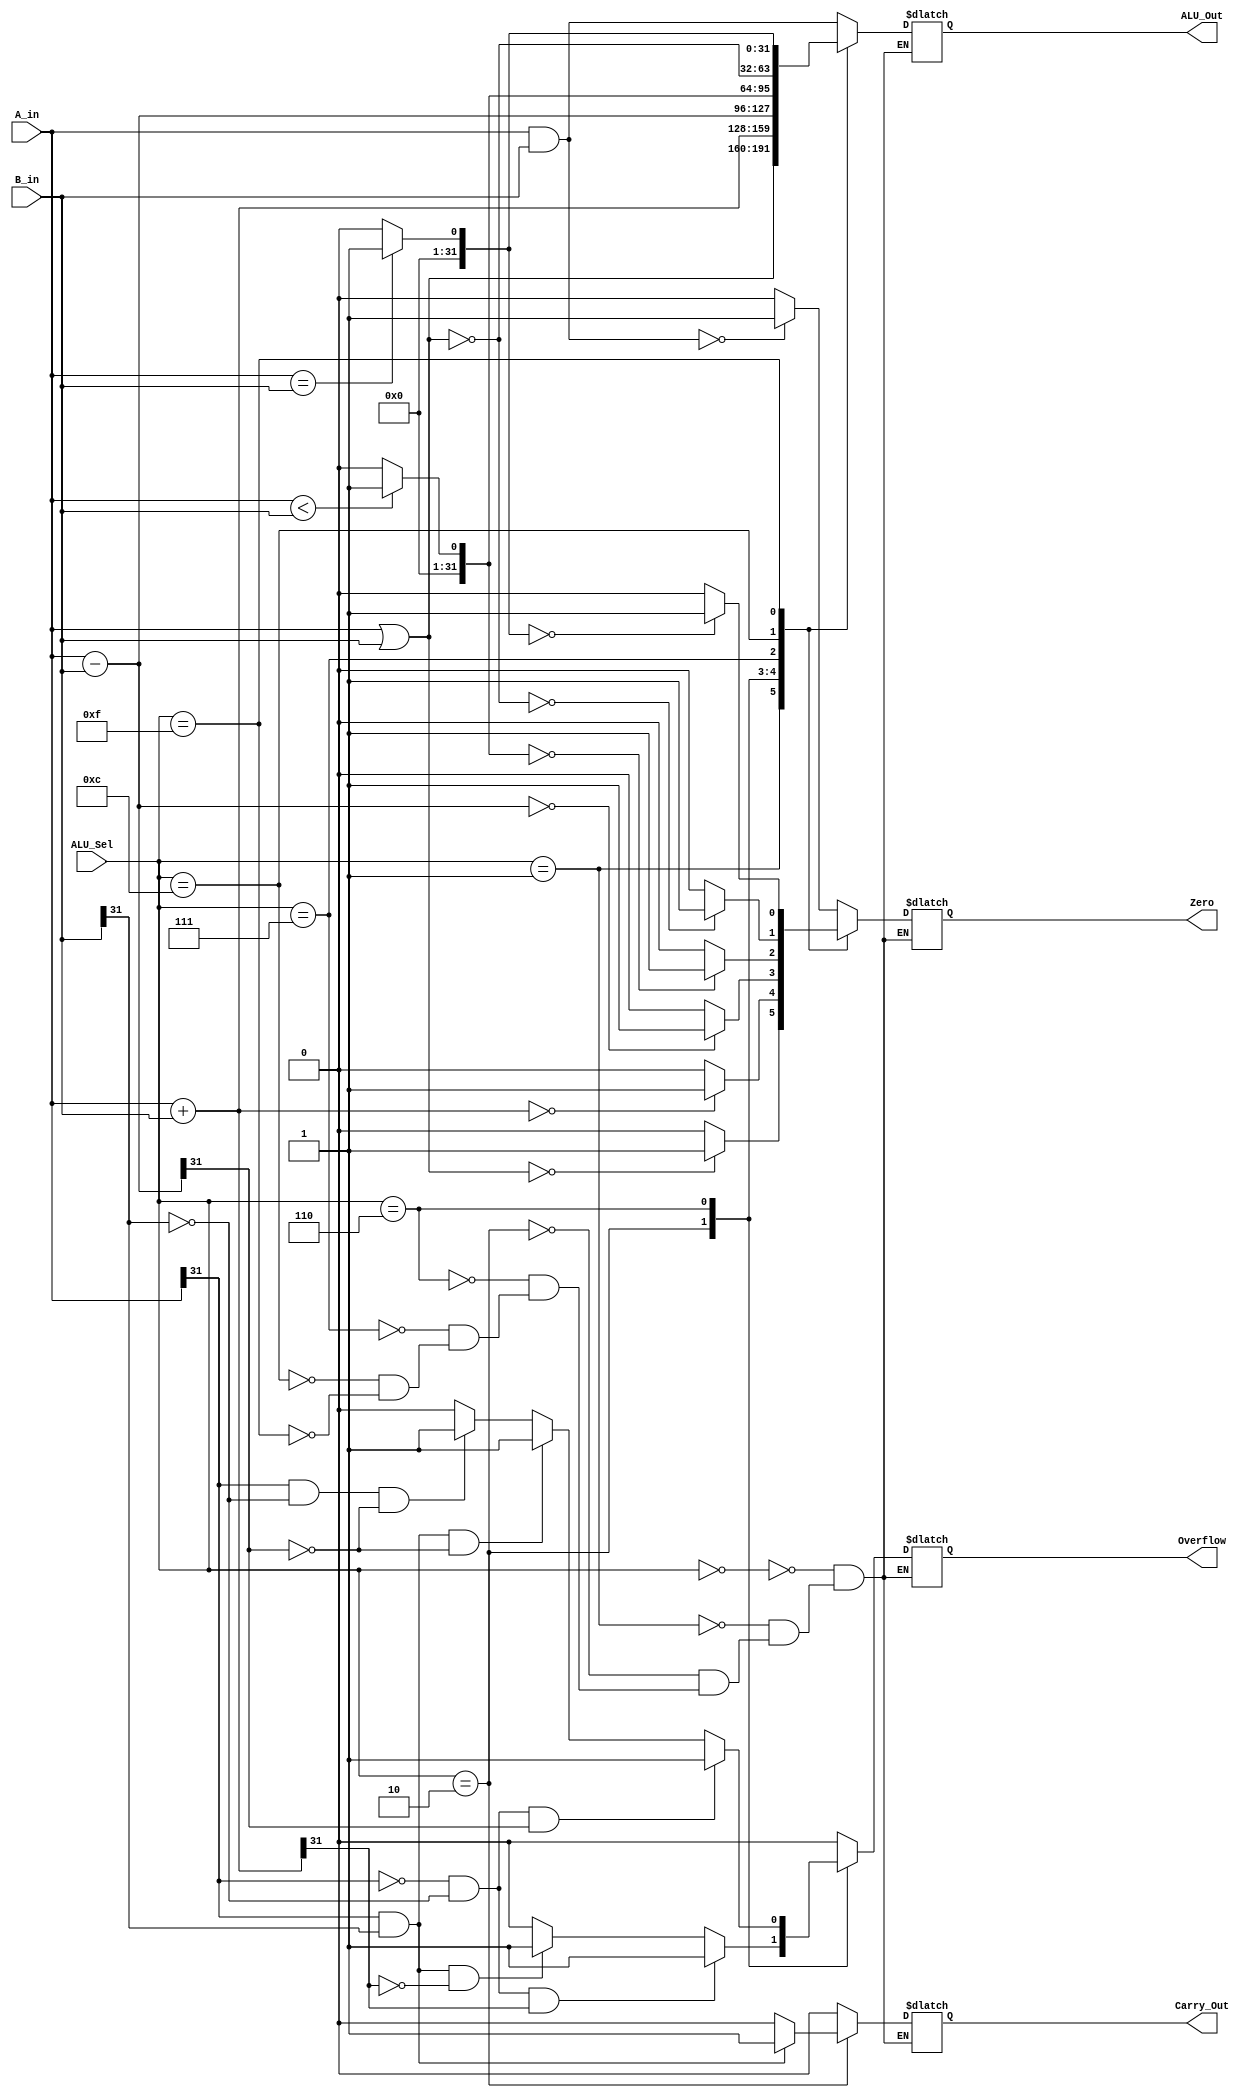
`timescale 1ns / 1ps
//////////////////////////////////////////////////////////////////////////////////
// Justin Calma
// CECS 341 - 01
//
// Design Name: 
// Module Name: alu_32
// Project Name: Lab 1 - Arithmetic Logic Unit
// Target Devices: 
// Tool Versions: 
// Description: 
// 
// Dependencies: 
// 
// Revision:
// Revision 0.01 - File Created
// Additional Comments:
// 
//////////////////////////////////////////////////////////////////////////////////

// Module Definition and I/O Ports
module alu_32(A_in, B_in, ALU_Sel, ALU_Out, Carry_Out, Zero, Overflow);
    
    input   [31:0]  A_in; // 32 - bit input A
    input   [31:0]  B_in; // 32 - bit input B
    input   [3:0]   ALU_Sel; // 4 - bit Control Line
    output  [31:0]  ALU_Out; // 32 - bit result output
    output  [0:0]   Carry_Out; // 1 - bit carry out result
    output  [0:0]   Zero; // 1 - bit zero output
    output  [0:0]   Overflow; // 1 - bit overflow output
    
    // Define ALU_Output Register
    reg [31:0] Result;
    assign ALU_Out = Result;
    
    // Define Carry_Out, Zero, and Overflow output Registers
    reg [0:0] CarryOutResult, ZeroResult, OverflowResult;
    assign Carry_Out = CarryOutResult;
    assign Zero = ZeroResult;
    assign Overflow = OverflowResult;
    
    // Create a temp Register for Carry_Out and Overflow
    reg [31:0] temp;
    
    // Describe ALU Behavior
    always @ (A_in, B_in, ALU_Sel)
        begin
            case(ALU_Sel)

 //-------------------------------------------AND Operation-------------------------------------------// 
            
                // AND Operation
                4'b0000: begin 
                            
                            // Perform AND operation and store the result into Result Register
                            Result = A_in & B_in; 
                
                            // Check if Result is 0 and set Zero flag
                            if (Result == 32'b0000_0000_0000_0000_0000_0000_0000_0000) 
                                ZeroResult = 1'b1;
                            else
                                ZeroResult = 1'b0;
                            
                            // Set the Carry_Out and Overflow flags to 0
                            CarryOutResult = 1'b0;
                            OverflowResult = 1'b0;
                                                            
                         end
 
 //-------------------------------------------OR Operation-------------------------------------------//   
                         
                // OR Operation
                4'b0001: begin 
                
                            // Perform the OR operation and store the result into Result Register
                            Result = A_in | B_in; 
                
                            // Check if Result is 0 and set Zero flag
                            if (Result == 32'b0000_0000_0000_0000_0000_0000_0000_0000)
                                ZeroResult = 1'b1;
                            else
                                ZeroResult = 1'b0;
                         
                            // Set the Carry_Out and Overflow flags to 0
                            CarryOutResult = 1'b0;
                            OverflowResult = 1'b0;                         
                            
                         end                           
  
 //-------------------------------------------ADD Operation-------------------------------------------//     
                
                // ADD Operation
                4'b0010: begin 
                            
                            // Perform signed ADD and store the result into the Result Register
                            Result = $signed(A_in) + $signed(B_in); 
                
                            // Check if Result is 0 and set Zero flag
                            if (Result == 32'b0000_0000_0000_0000_0000_0000_0000_0000)
                                ZeroResult = 1'b1;
                            else
                                ZeroResult = 1'b0;
                            
                            // Perform unsigned ADD to determine carry out
                            temp = A_in + B_in;                            
                            
                            // Check if there is a Carry Out in the unsigned ADD operation
                            if (A_in[31] == 1 & B_in[31] == 1)
                                CarryOutResult = 1'b1;
                            else if (temp[32] == 1)
                                CarryOutResult = 1'b1;
                            else 
                                CarryOutResult = 1'b0;
                            
                            // Check if there is a Overflow in the signed ADD operation
                            if (A_in[31] == 0 & B_in[31] == 0 & Result[31] == 1)
                                OverflowResult = 1'b1;
                            else if (A_in[31] == 1 & B_in[31] == 1 & Result[31] == 0)
                                OverflowResult = 1'b1;
                            else 
                                OverflowResult = 1'b0;
                            
                         end                
                
 //-------------------------------------------SUB Operation-------------------------------------------// 
                 
                // SUB Operation
                4'b0110: begin 
                
                            // Peform signed SUB and store the result into the Result register
                            Result = $signed(A_in) - $signed(B_in); 
                
                            // Check if Result is 0 and set Zero flag
                            if (Result == 32'b0000_0000_0000_0000_0000_0000_0000_0000)
                                ZeroResult = 1'b1;
                            else
                                ZeroResult = 1'b0;
                            
                            // Set Carry Out flag to be 0
                            CarryOutResult = 1'b0;    
                                                    
                            // Check if there is a Overflow in the signed ADD operation
                            if (A_in[31] == 0 & B_in[31] == 0 & Result[31] == 1)
                                OverflowResult = 1'b1;
                            else if (A_in[31] == 1 & B_in[31] == 1 & Result[31] == 0)
                                OverflowResult = 1'b1;
                            else if (A_in[31] == 1 & B_in[31] == 0 & Result[31] == 0)
                                OverflowResult = 1'b1;    
                            else 
                                OverflowResult = 1'b0;
                            
                         end                
 
 //-------------------------------------------SLT Operation-------------------------------------------//    
                
                // SLT Operation
                4'b0111: begin 
                
                            // Check if input A is less than B; Result is 1 if true, 1 if false
                            if ($signed(A_in) < $signed(B_in)) 
                                Result = 32'b0000_0000_0000_0000_0000_0000_0000_0001;
                            else 
                                Result = 32'b0000_0000_0000_0000_0000_0000_0000_0000;
                                
                            // Check if Result is 0 and set Zero flag
                            if (Result == 32'b0000_0000_0000_0000_0000_0000_0000_0000)
                                ZeroResult = 1'b1;
                            else
                                ZeroResult = 1'b0;
                                
                            // Set the Carry_Out and Overflow flags to 0
                            CarryOutResult = 1'b0;
                            OverflowResult = 1'b0;                                
                                
                         end                                                  
  
 //-------------------------------------------NOR Operation-------------------------------------------//     
                         
                // NOR Operation
                4'b1100: begin 
                            
                            // Perform the logical NOR operation and store the result into the Result register
                            Result = ~(A_in | B_in); 
                
                            // Check if Result is 0 and set Zero flag
                            if (Result == 32'b0000_0000_0000_0000_0000_0000_0000_0000) 
                                ZeroResult = 1'b1;
                            else 
                                ZeroResult = 1'b0;
                                
                            // Set the Carry_Out and Overflow flags to 0
                            CarryOutResult = 1'b0;
                            OverflowResult = 1'b0;                                
                                
                         end                        

 //-------------------------------------------Equal Comparison Operation-------------------------------------------//   
                
                // Equal Comparison Operation
                4'b1111: begin 
                
                            // Check if input A and B are equal; Result is 1 if true, 1 if false
                            if (A_in == B_in)
                                Result = 32'b0000_0000_0000_0000_0000_0000_0000_0001;  
                            else 
                                Result = 32'b0000_0000_0000_0000_0000_0000_0000_0000; 

                            // Check if Result is 0 and set Zero flag
                            if (Result == 32'b0000_0000_0000_0000_0000_0000_0000_0000) 
                                ZeroResult = 1'b1;
                            else 
                                ZeroResult = 1'b0;
                                
                            // Set the Carry_Out and Overflow flags to 0
                            CarryOutResult = 1'b0;
                            OverflowResult = 1'b0;                                
                                
                         end
                        
            endcase
        end  
endmodule